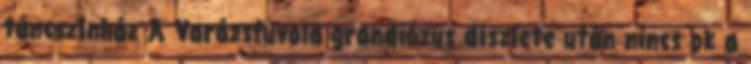
táncszínház A Varázsfuvola grandiózus díszlete után nincs ok a